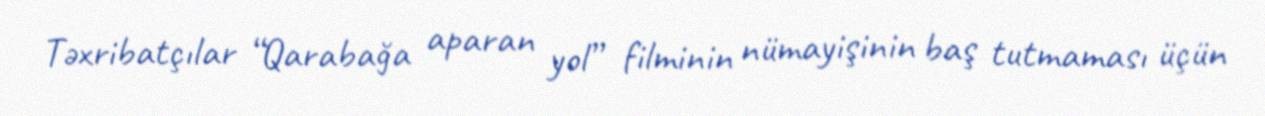
Təxribatçılar “Qarabağa aparan yol” filminin nümayişinin baş tutmaması üçün